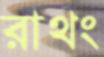
রাথং